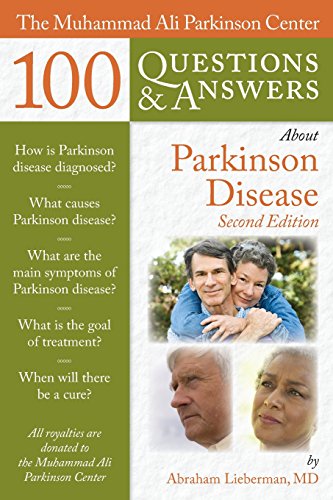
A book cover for The Muhammad Ali Parkinson Center 100 Questions & Answers About Parkinson Disease (100 Questions & Answers); Abraham Lieberman; Health, Fitness & Dieting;